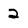
Character: 2